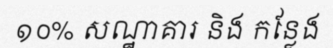
១០% សណ្ឋាគារ និង កន្លែង